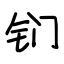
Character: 钔